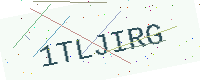
Text: 1TLJIRG